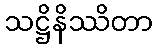
သဋ္ဌိနိဿိတာ